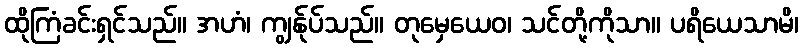
ထိုကြံခင်းရှင်သည်။ အဟံ၊ ကျွန်ုပ်သည်။ တုမှေယေဝ၊ သင်တို့ကိုသာ။ ပရိယေသာမိ၊